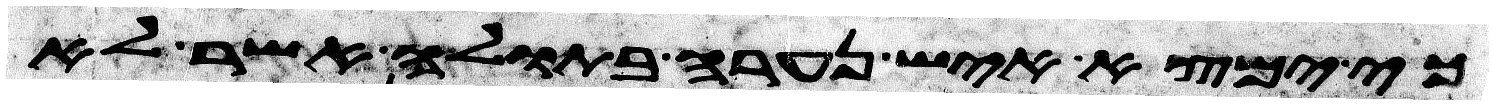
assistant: כי ימצא איש נערה בתולה אשר לא